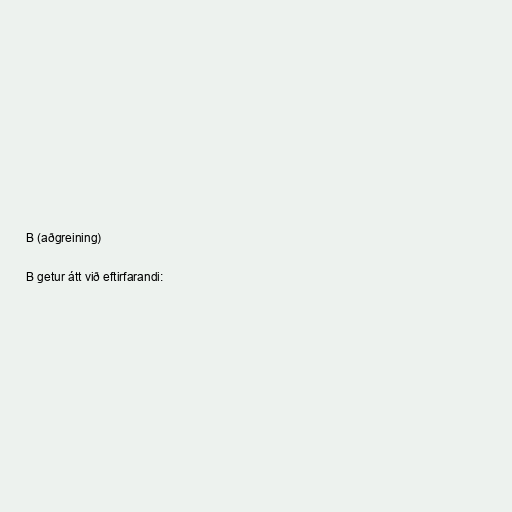
B (aðgreining)

B getur átt við eftirfarandi: